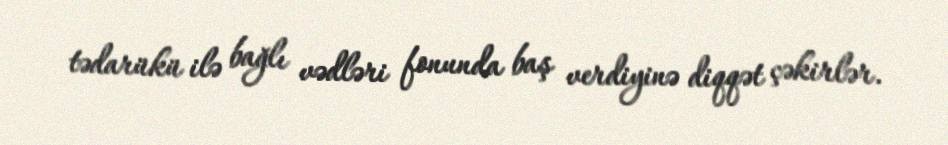
tədarükü ilə bağlı vədləri fonunda baş verdiyinə diqqət çəkirlər.